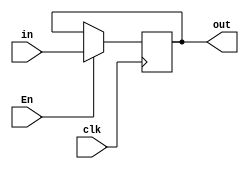
module RegisterEn(input clk, En, input [7:0] in, output reg [7:0] out);
	initial out = 0;
	always @(posedge clk) begin
		if(En) out = in;
		else out = out;
	end
endmodule